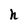
Character: n